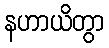
နဟာယိတွာ